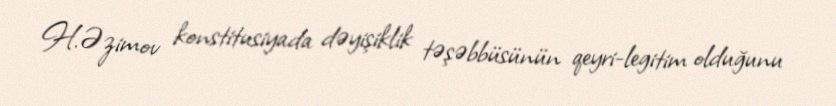
H.Əzimov konstitusiyada dəyişiklik təşəbbüsünün qeyri-legitim olduğunu